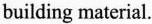
building material.